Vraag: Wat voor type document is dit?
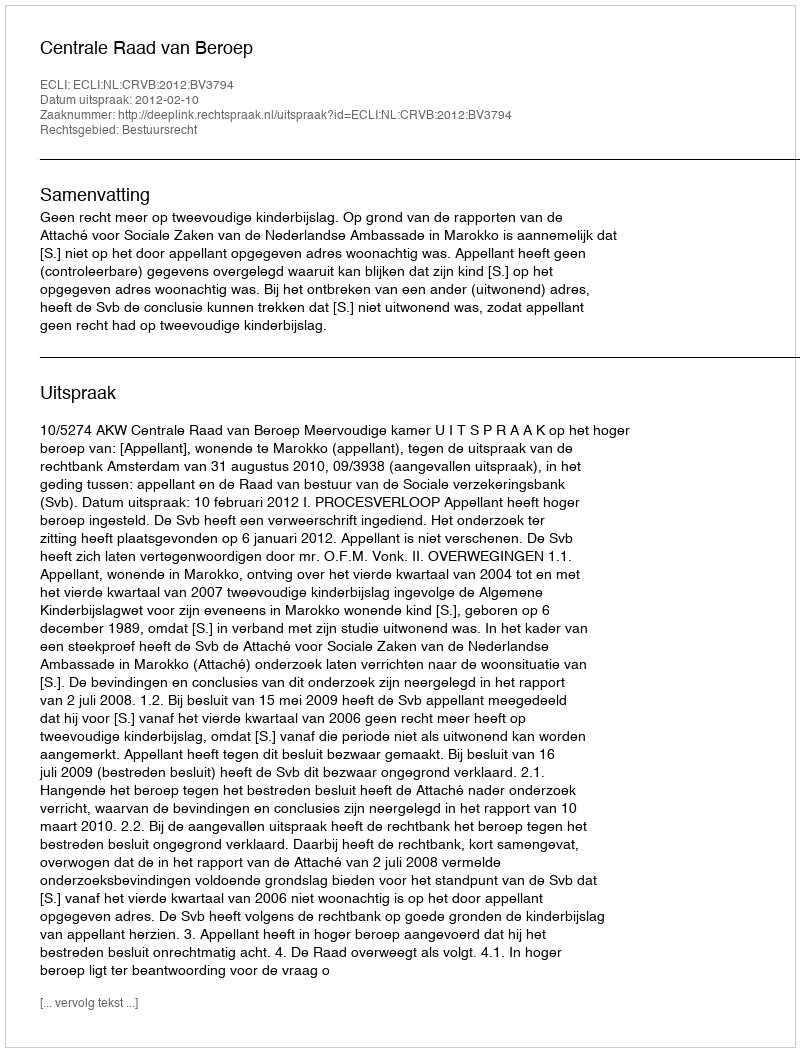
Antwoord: Uitspraak